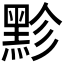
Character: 𪐲